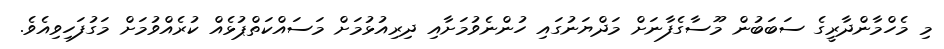
މި މެހްމާންދާރީގެ ސަބަބުން މޫސާގެފާނަށް މަދްޔަނުގައި ހުންނެވުމަށާއި ދިރިއުޅުމަށް މަސައްކަތްޕުޅެއް ކުރެއްވުމަށް މަގުފަހިވިއެވެ.